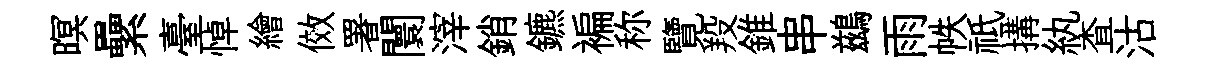
暝纍臺悼繪傚署闤滓銷鑣褊称覽羖錐串鷀雨帙祗搆紈查沽